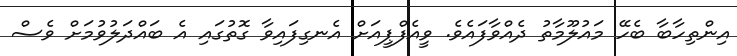
އިންތިހާބާ ބެހޭ މައުލޫމާތު ދެއްވާފައެވެ. ވީއެފްޕީއަށް އެނގިފައިވާ ގޮތުގައި އެ ބައްދަލުވުމަށް ވެސް